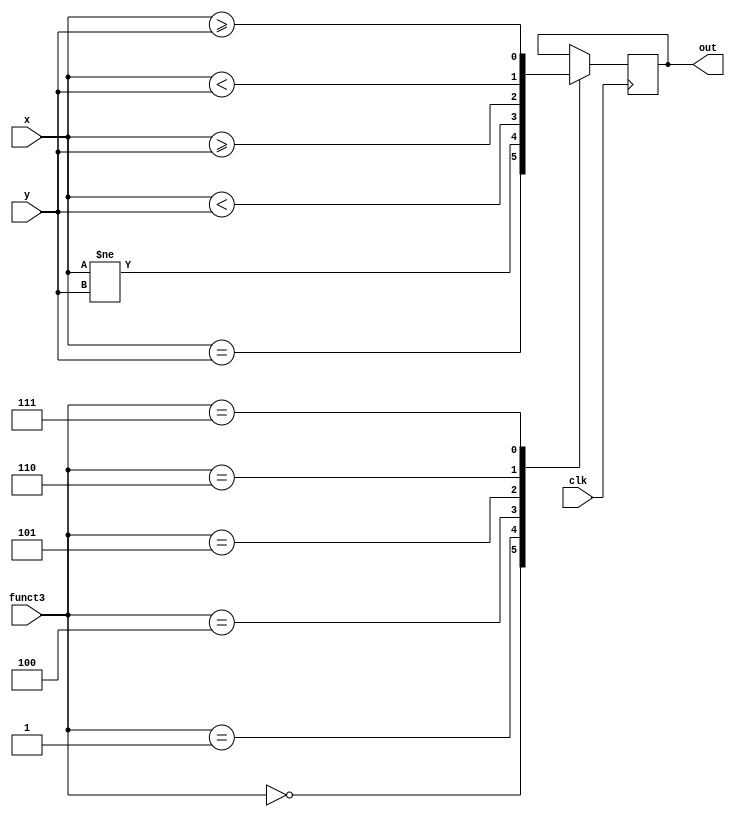
module cond (
  input clk, 
  input [2:0] funct3,
  input [31:0] x,
  input [31:0] y,
  output reg out
);
  always @(posedge clk) begin
    case (funct3) 
      3'b000: begin  // BEQ
        out <= x == y;
      end
      3'b001: begin  // BNE
        out <= x != y;
      end
      3'b100: begin  // BLT
        out <= $signed(x) < $signed(y);
      end
      3'b101: begin  // BGE
        out <= $signed(x) >= $signed(y);
      end
      3'b110: begin  // BLTU
        out <= x < y;
      end
      3'b111: begin  // BGEU
        out <= x >= y;
      end
    endcase
  end
endmodule